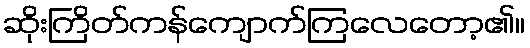
ဆိုးကြိတ်ကန်ကျောက်ကြလေတော့၏။